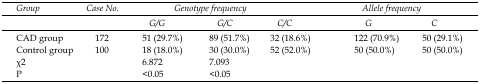
| <ROWSPAN=2> Group | <ROWSPAN=2> Case No. | <COLSPAN=3> Genotype frequency | <COLSPAN=2> Allele frequency |
 | G/G | G/C | C/C | G | C |
 | --- | --- | --- | --- | --- | --- | --- |
 | CAD group | 172 | 51 (29.7%) | 89 (51.7%) | 32 (18.6%) | 122 (70.9%) | 50 (29.1%) |
 | Control group | 100 | 18 (18.0%) | 30 (30.0%) | 52 (52.0%) | 50 (50.0%) | 50 (50.0%) |
 | χ2 |  | 6.872 | 7.093 |  |  |  |
 | P |  | <0.05 | <0.05 |  |  |  |